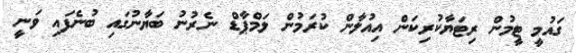
ގައުމީ ޓީމުން ރިޓަޔާކުރިކަން އިއުލާން ކުރަމުން ލަމްޕާޑް ނެރުނު ބަޔާނުގައި ބުނެފައި ވަނީ